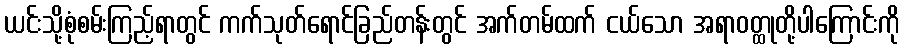
ယင်းသို့စုံစမ်းကြည့်ရာတွင် ကက်သုတ်ရောင်ခြည်တန်းတွင် အက်တမ်ထက် ငယ်သော အရာဝတ္ထုတို့ပါကြောင်းကို